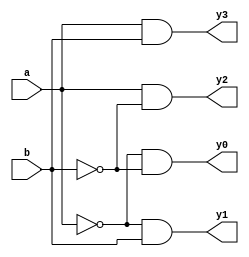
`timescale 1ns / 1ps


module day4_decoder_2to4(
    input a,
    input b,
    output y0,
    output y1,
    output y2,
    output y3
    );
    
    assign y0 = (~a)&(~b);
    assign y1 = (~a)&(b);
    assign y2 = (a)&(~b);
    assign y3 = (a)&(b);
    
endmodule